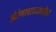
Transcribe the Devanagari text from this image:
औरंगाबादजवळील